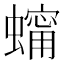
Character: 𧑗